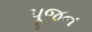
પૂજન